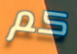
كم